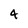
Character: 4